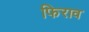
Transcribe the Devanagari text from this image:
फिराव